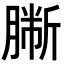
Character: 𦠀